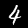
Label: 4